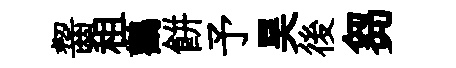
齧租鸛餅予昊後芻